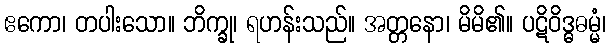
ဧကော၊ တပါးသော။ ဘိက္ခု၊ ရဟန်းသည်။ အတ္တနော၊ မိမိ၏။ ပဋိဝိဒ္ဓဓမ္မံ၊